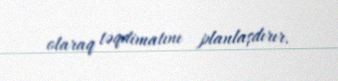
olaraq təqdimatını planlaşdırır.